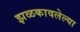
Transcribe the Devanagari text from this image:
झळकावलेल्या